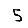
Digit: 5